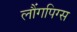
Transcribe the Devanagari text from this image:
लौंगपिग्स